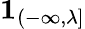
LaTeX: \mathbf{1}_{(-\infty,\lambda]}